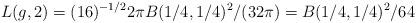
LaTeX: \begin{gather*} L(g, 2) = (16)^{-1/2}2 \pi B(1/4, 1/4)^2/(32\pi) = B(1/4, 1/4)^2/64\end{gather*}